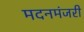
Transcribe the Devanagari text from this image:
मदनमंजरी